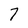
Character: 7